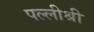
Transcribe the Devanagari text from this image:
पल्लीश्री